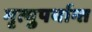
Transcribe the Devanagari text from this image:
मृत्युपर्यान्त